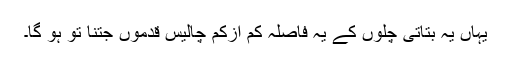
یہاں یہ بتاتی چلوں کے یہ فاصلہ کم ازکم چالیس قدموں جتنا تو ہو گا۔